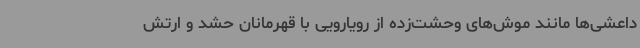
داعشی‌ها مانند موش‌های وحشت‌زده از رویارویی با قهرمانان حشد و ارتش